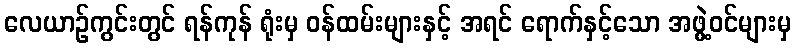
လေယာဉ်ကွင်းတွင် ရန်ကုန် ရုံးမှ ဝန်ထမ်းများနှင့် အရင် ရောက်နှင့်သော အဖွဲ့ဝင်များမှ